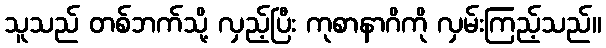
သူသည် တစ်ဘက်သို့ လှည့်ပြီး ကုစာနာဂိကို လှမ်းကြည့်သည်။